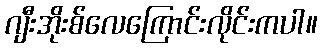
ဂျီးအိုးစ်လေကြောင်းလိုင်းကပါ။